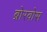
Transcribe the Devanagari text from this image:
ब्रोरवोस